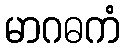
မာဂဓကံ